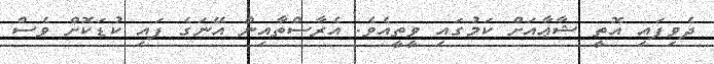
ދެވިފައި އޮތީ ޝާޢާއަށް ކަމުގައި ވީތީއެވެ. އެރާސްތާއިން އޭނަގެ ފައި ކުޑަކޮށް ވެސް